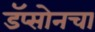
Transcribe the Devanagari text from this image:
डॅप्सोनचा